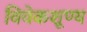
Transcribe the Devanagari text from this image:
विवेकशूण्य